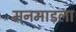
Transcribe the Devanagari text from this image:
मनमाडला